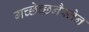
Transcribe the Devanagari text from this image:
गच्छेच्छनैस्तेन